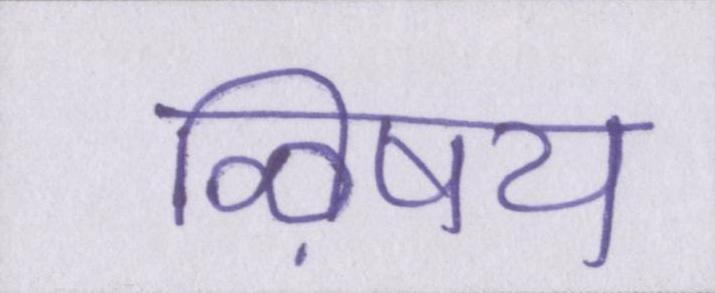
ऴिषय